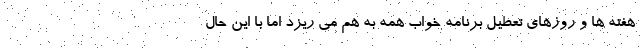
هفته ها و روزهای تعطیل برنامه خواب همه به هم می ریزد اما با این حال